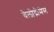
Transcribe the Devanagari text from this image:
वेलोद्रोमेस